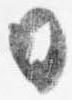
日